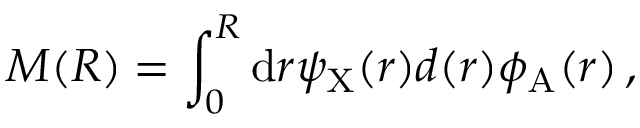
M ( R ) = \int _ { 0 } ^ { R } \mathrm { d } r \psi _ { \mathrm { X } } ( r ) d ( r ) \phi _ { \mathrm { A } } ( r ) \, ,